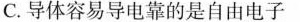
C.导体容易导电靠的是自由电子